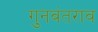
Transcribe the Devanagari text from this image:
गुनवंतराव